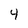
Character: 4